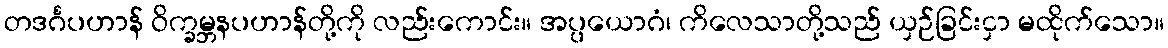
တဒင်္ဂပဟာန် ဝိက္ခမ္ဘနပဟာန်တို့ကို လည်းကောင်း။ အပ္ပယောဂံ၊ ကိလေသာတို့သည် ယှဉ်ခြင်းငှာ မထိုက်သော။